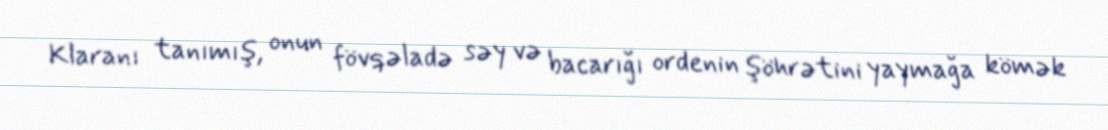
Klaranı tanımış, onun fövqəladə səy və bacarığı ordenin şöhrətini yaymağa kömək